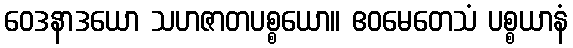
ဝေဒနာဒယော သဟဇာတပစ္စယော။ ဧဝမေတေသံ ပစ္စယာနံ